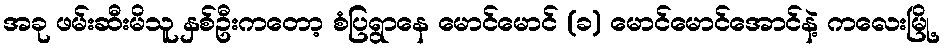
အခု ဖမ်းဆီးမိသူ နှစ်ဦးကတော့ စံပြရွာနေ မောင်မောင် (ခ) မောင်မောင်အောင်နဲ့ ကလေးမြို့